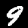
Digit: 9